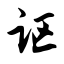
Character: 讴